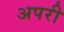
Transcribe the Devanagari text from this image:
अपरी